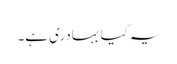
یہ کیا بہادری ہے۔